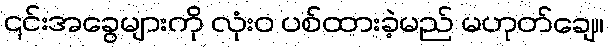
၎င်းအခွေများကို လုံးဝ ပစ်ထားခဲ့မည် မဟုတ်ချေ။